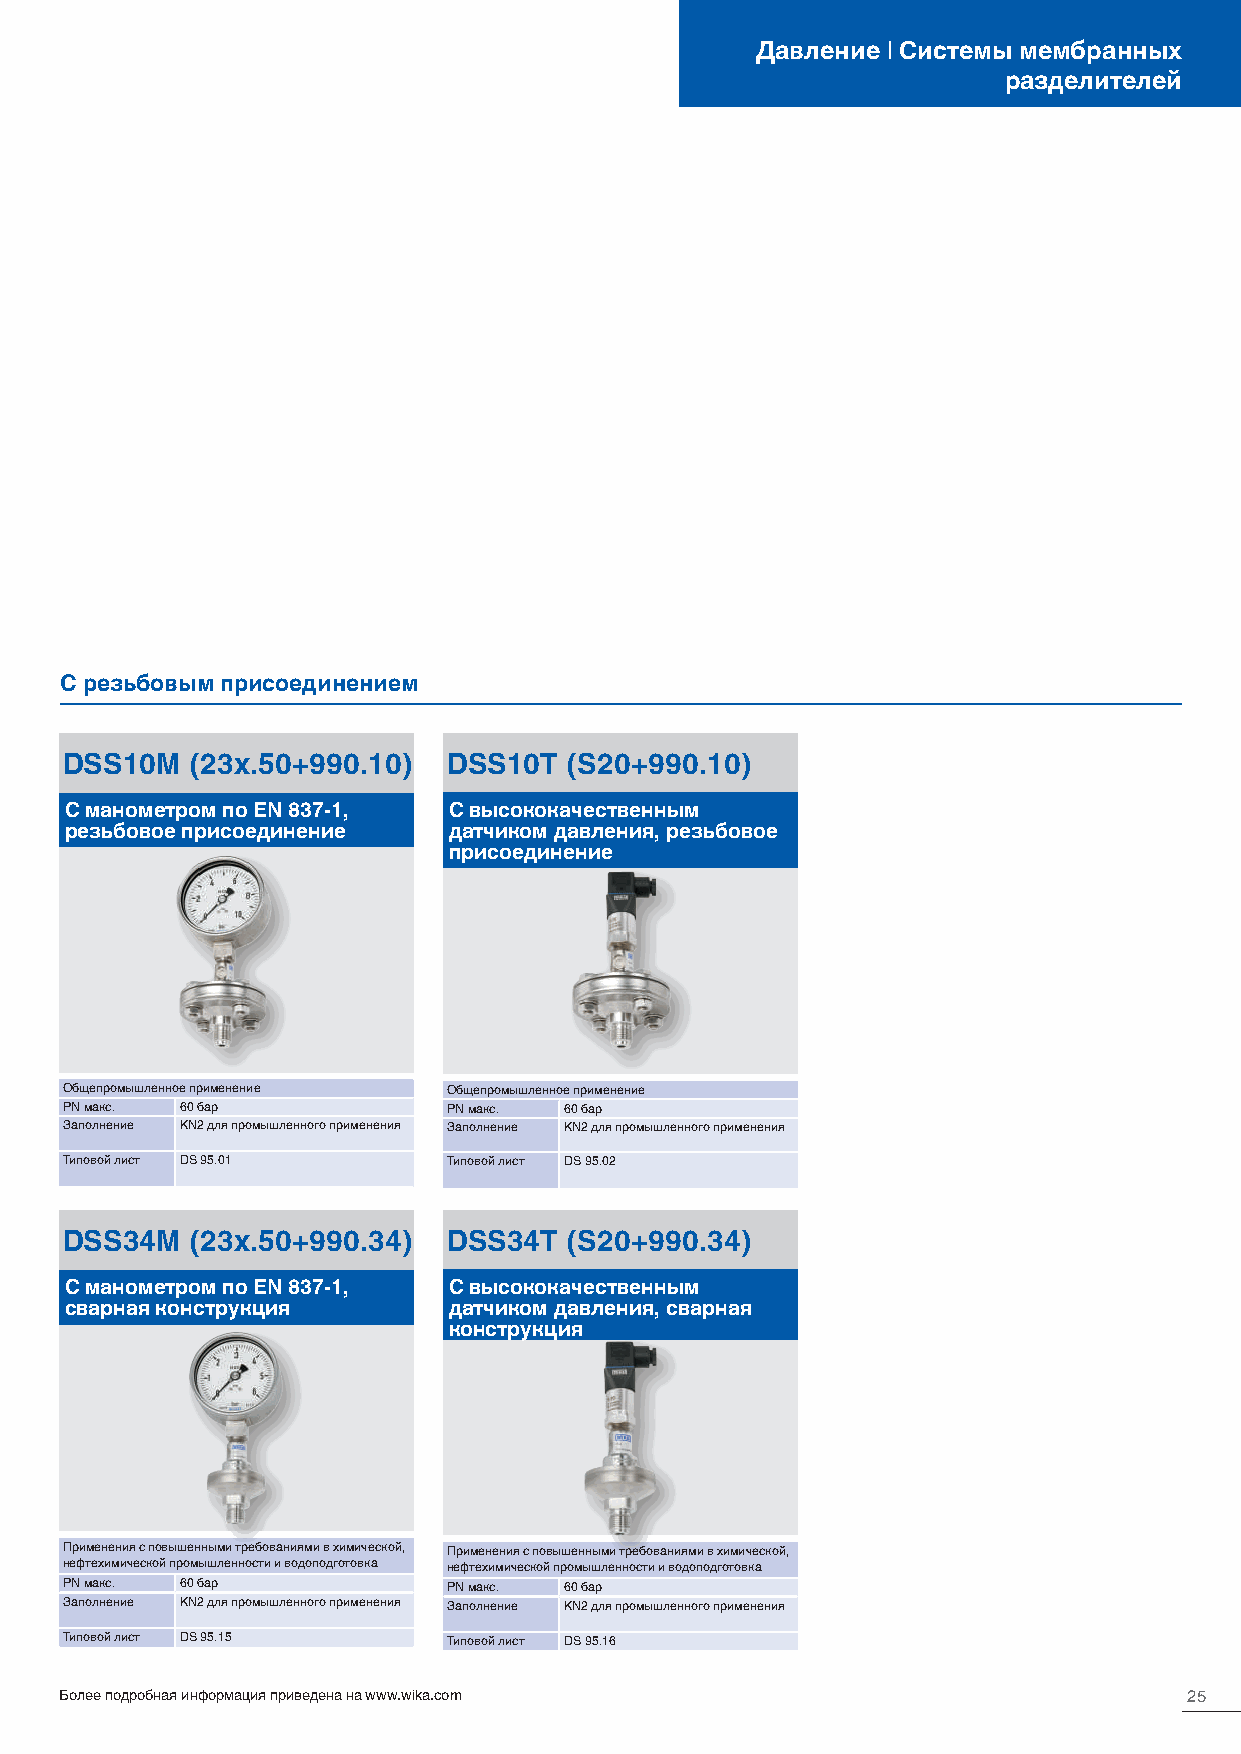
Давление | Системы мембранных
 разделителей
 С резьбовым присоединением
 DSS10M   (23x.50+990.10)  DSS10T  (S20+990.10)
 С манометром по EN 837-1, С высококачественным
 резьбовое присоединение   датчиком давления, резьбовое
 присоединение
 Общепромышленное применение Общепромышленное применение
 PN макс. 60 бар           PN макс. 60 бар
 Заполнение KN2 для промышленного применения Заполнение KN2 для промышленного применения
 Типовой лист DS 95.01     Типовой лист DS 95.02
 DSS34M   (23x.50+990.34)  DSS34T  (S20+990.34)
 С манометром по EN 837-1, С высококачественным
 сварная конструкция       датчиком давления, сварная
 конструкция
 Применения с повышенными требованиями в химической, Применения с повышенными требованиями в химической,
 нефтехимической промышленности и водоподготовка нефтехимической промышленности и водоподготовка
 PN макс. 60 бар           PN макс. 60 бар
 Заполнение KN2 для промышленного применения Заполнение KN2 для промышленного применения
 Типовой лист DS 95.15     Типовой лист DS 95.16
 Более подробная информация приведена на www.wika.com                       25